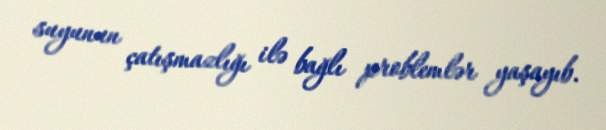
suyunun çatışmazlığı ilə bağlı problemlər yaşayıb.